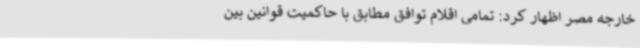
خارجه مصر اظهار کرد: تمامی اقلام توافق مطابق با حاکمیت قوانین بین